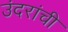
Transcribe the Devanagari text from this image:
उंदरांची